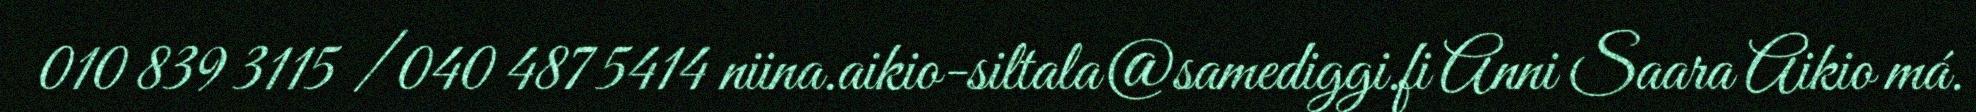
010 839 3115 / 040 487 5414 niina.aikio-siltala@samediggi.fi Anni Saara Aikio má.